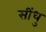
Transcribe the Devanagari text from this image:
सींधु